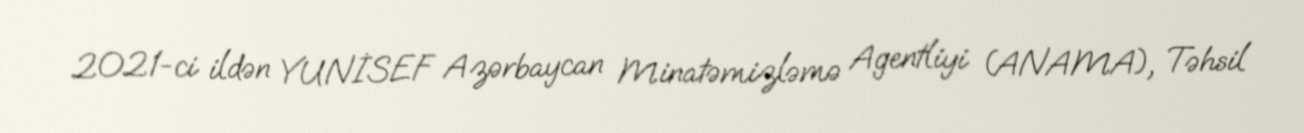
2021-ci ildən YUNİSEF Azərbaycan Minatəmizləmə Agentliyi (ANAMA), Təhsil